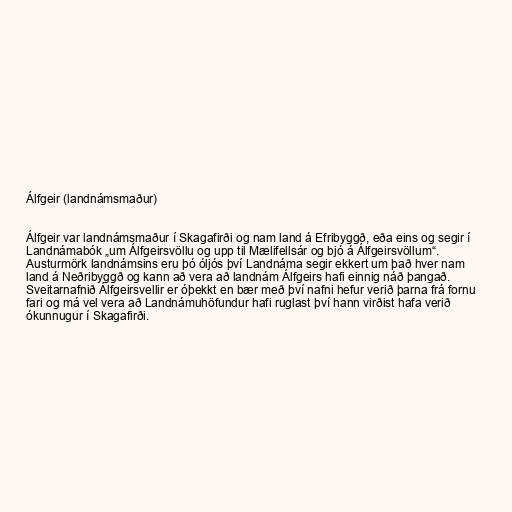
Álfgeir (landnámsmaður)

Álfgeir var landnámsmaður í Skagafirði og nam land á Efribyggð, eða eins og segir í
Landnámabók „um Álfgeirsvöllu og upp til Mælifellsár og bjó á Álfgeirsvöllum“.
Austurmörk landnámsins eru þó óljós því Landnáma segir ekkert um það hver nam
land á Neðribyggð og kann að vera að landnám Álfgeirs hafi einnig náð þangað.
Sveitarnafnið Álfgeirsvellir er óþekkt en bær með því nafni hefur verið þarna frá fornu
fari og má vel vera að Landnámuhöfundur hafi ruglast því hann virðist hafa verið
ókunnugur í Skagafirði.